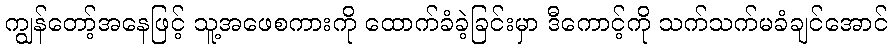
ကျွန်တော့်အနေဖြင့် သူ့အဖေစကားကို ထောက်ခံခဲ့ခြင်းမှာ ဒီကောင့်ကို သက်သက်မခံချင်အောင်